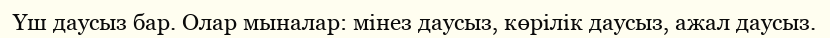
Үш даусыз бар. Олар мыналар: мінез даусыз, көрілік даусыз, ажал даусыз.